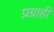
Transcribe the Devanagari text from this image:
प्रग्राही